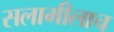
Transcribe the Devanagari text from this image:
सलामीलाच